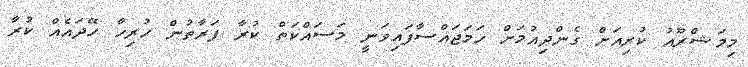
މިމަޝްރޫއު ކުރިއަށް ގެންދިއުމަށް ހަމަޖައްސާފައިވަނީ މަސައްކަތް ކުރާ ފަރާތުން ހުރިހާ ހޭދައެއް ކުރާ